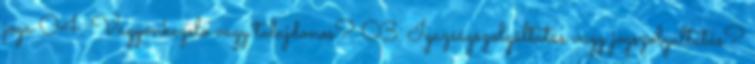
joga 04. Vagyonkezelo vagy tulajdonos? 03. Igazságszolgáltatás vagy jogszolgáltatás?